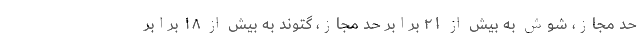
حد مجاز، شوش به بیش از ۲۱ برابر حد مجاز، گتوند به بیش از ۱۸ برابر